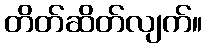
တိတ်ဆိတ်လျက်။